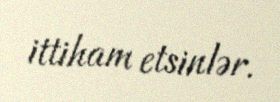
ittiham etsinlər.